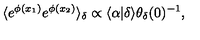
\langle e ^ { \phi ( x _ { 1 } ) } e ^ { \phi ( x _ { 2 } ) } \rangle _ { \delta } \propto \langle \alpha | \delta \rangle \theta _ { \delta } ( 0 ) ^ { - 1 } ,